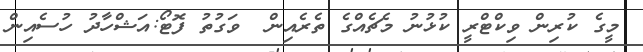
މީގެ ކުރިން ވިކްޓްރީ ކުޅުނު މެޗެއްގެ ތެރެއިން  ވަގުތު ފޮޓޯ:އަޝްހާދު ހުސެއިން